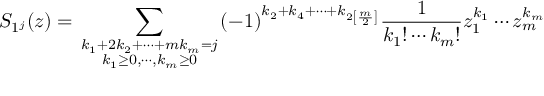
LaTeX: S _ { 1 ^ { j } } ( z ) = \sum _ { { \scriptstyle k _ { 1 } + 2 k _ { 2 } + \cdots + m k _ { m } = j } \atop { \scriptstyle k _ { 1 } \geq 0 , \cdots , k _ { m } \geq 0 } } ( - 1 ) ^ { k _ { 2 } + k _ { 4 } + \cdots + k _ { 2 \left[ \frac m 2 \right] } } \frac 1 { k _ { 1 } ! \cdots k _ { m } ! } z _ { 1 } ^ { k _ { 1 } } \cdots z _ { m } ^ { k _ { m } }